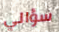
سؤالي